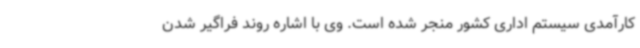
کارآمدی سیستم اداری کشور منجر شده است. وی با اشاره روند فراگیر شدن